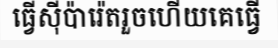
ធ្វើស៊ីប៉ារ៉េតរួចហើយគេធ្វើ